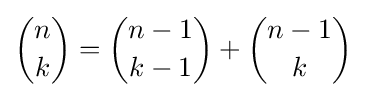
{n \choose k}={n-1 \choose k-1}+{n-1 \choose k}